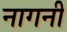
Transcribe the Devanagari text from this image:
नागनी